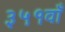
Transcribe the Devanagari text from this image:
३५१वाँ